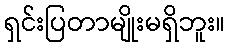
ရှင်းပြတာမျိုးမရှိဘူး။